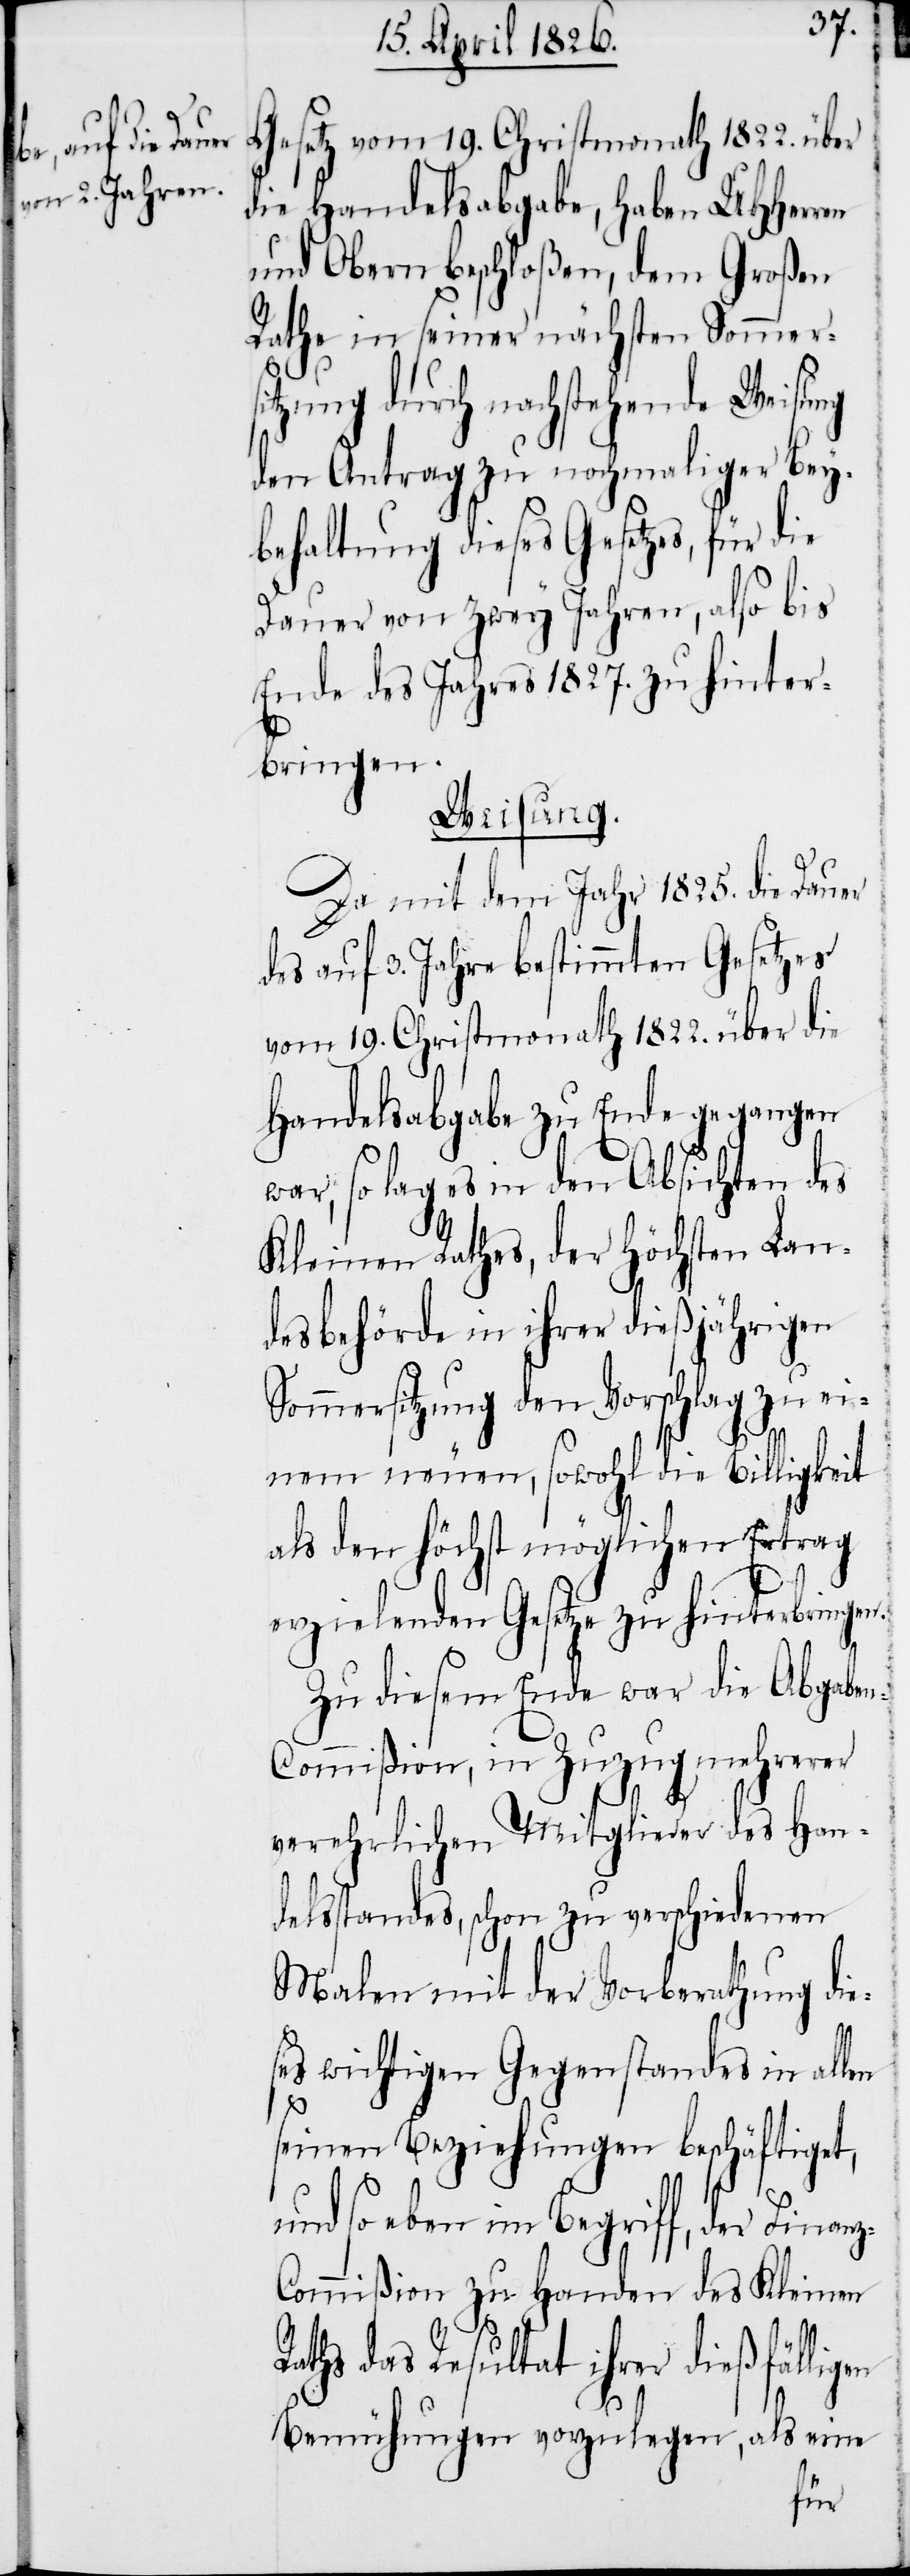
Gesetz vom 19. Christomanth 1822. über
die Handelsabgabe, haben UHHerren
und Obern beschloßen, dem Großen
Rathe, in seiner nächsten Sommers¬
itzung durch nachstehende Weisung
den Antrag zu nochmaliger Bey¬
behaltung dieses Gesetzes, für die
Dauer von zwey Jahren, also bis
Ende des Jahres 1827. zu hinter¬
bringen.
Weisung.
Da mit dem Jahr 1825. die Dauer
des auf 3. Jahre bestimmten Gesetzes
vom 19. Christmonath 1822. über die
Handelsabgabe zu Ende gegangen
war, so lag es in den Absichten des
Kleinen Rathes der Höchsten Lan¬
desbehörde in ihrer dießjährigen
Sommersitzung den Vorschlag zu ei¬
nem neuen, sowohl die Billigkeit
als den höchst möglichen Ertrag
erzielenden Gesetze zu hinterbringen.
Zu diesem Ende war die Abgabe¬
n-Commißion, in Zuzug mehrerer
verehrlichen Mitglieder des Han¬
delsstandes, schon zu verschiedenen
Malen mit der Vorberathung die¬
ses wichtigen Gegenstandes in allen
z-C¬
seinen Beziehungen beschäftiget,
und so eben im Begriff, der Finan¬
ommißion zu Handen des Kleinen
Raths das Resultat ihrer dießfälligen
Bemühungen vorzulegen, als eine